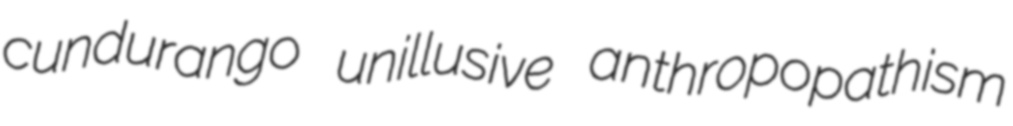
cundurango unillusive anthropopathism